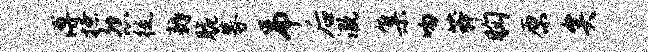
溥撩怨徙耨脆募吊后溉集吻莽胸原矣